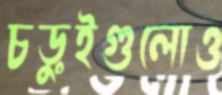
চড়ুইগুলোও